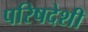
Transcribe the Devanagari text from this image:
परिषदेशी